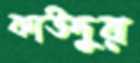
কাউদুর